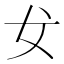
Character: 𰋵